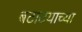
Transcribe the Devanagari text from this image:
बटाटयाच्या